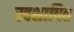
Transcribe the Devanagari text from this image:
स्वशाषित